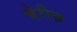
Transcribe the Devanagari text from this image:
बेरीज़